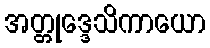
အတ္တုဒ္ဒေသိကာယော